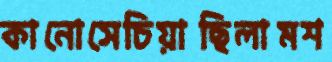
কানোসেচিয়াছিলামশ